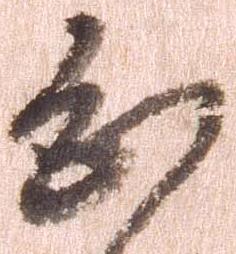
恐